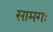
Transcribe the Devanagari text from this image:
सामगः